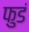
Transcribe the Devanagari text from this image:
फुडं